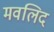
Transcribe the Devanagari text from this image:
मवलिद